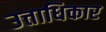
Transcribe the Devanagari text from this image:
उत्ताधिकार